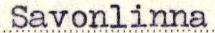
Savonlinna